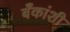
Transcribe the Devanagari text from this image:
बँकांशी